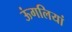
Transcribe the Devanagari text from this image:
ऊंगलियां